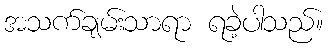
အသက်ချမ်းသာရာ ရခဲ့ပါသည်။